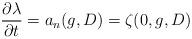
LaTeX: \begin{align*} \frac{\partial \lambda }{\partial t} = a_n({g}, D) = \zeta(0, g, D) \end{align*}